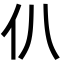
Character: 仈